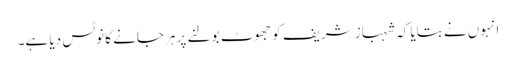
انہوں نے بتایا کہ شہباز شریف کو جھوٹ بولنے پر ہرجانے کا نوٹس دیا ہے۔